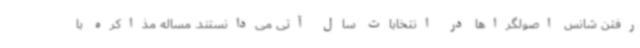
رفتن شانس اصولگراها در انتخابات سال آتی می‌دانستند. مساله مذاکره با